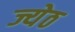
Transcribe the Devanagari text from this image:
ज्येठ